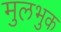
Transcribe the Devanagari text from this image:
मुलभुक